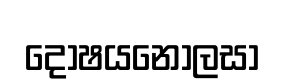
දෝෂයනොලසා